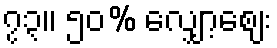
၇၃။ ၅၀% လျှော့စျေး